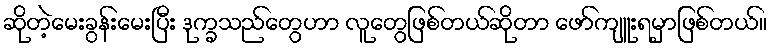
ဆိုတဲ့မေးခွန်းမေးပြီး ဒုက္ခသည်တွေဟာ လူတွေဖြစ်တယ်ဆိုတာ ဖော်ကျူးရမှာဖြစ်တယ်။